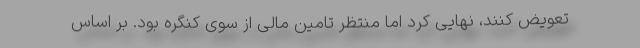
تعویض کنند، نهایی کرد اما منتظر تامین مالی از سوی کنگره بود. بر اساس